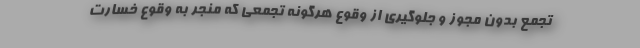
تجمع بدون مجوز و جلوگیری از وقوع هرگونه تجمعی که منجر به وقوع خسارت